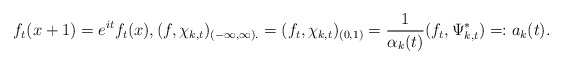
\begin{align*}f_{t}(x+1)=e^{it}f_{t}(x),(f,\chi_{k,t})_{(-\infty,\infty).}=(f_{t},\chi_{k,t})_{(0,1)}=\frac{1}{\alpha_{k}(t)}(f_{t},\Psi_{k,t}^{\ast})=:a_{k}(t).\end{align*}